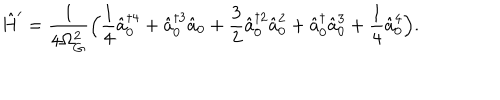
LaTeX: \hat { H } ^ { \prime } = \frac { 1 } { 4 \Omega _ { G } ^ { 2 } } \Bigl ( \frac { 1 } { 4 } \hat { a } _ { 0 } ^ { \dagger 4 } + \hat { a } _ { 0 } ^ { \dagger 3 } \hat { a } _ { 0 } + \frac { 3 } { 2 } \hat { a } _ { 0 } ^ { \dagger 2 } \hat { a } _ { 0 } ^ { 2 } + \hat { a } _ { 0 } ^ { \dagger } \hat { a } _ { 0 } ^ { 3 } + \frac { 1 } { 4 } \hat { a } _ { 0 } ^ { 4 } \Bigr ) .